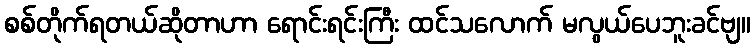
စစ်တိုက်ရတယ်ဆိုတာဟာ ရောင်းရင်းကြီး ထင်သလောက် မလွယ်ပေဘူးခင်ဗျ။